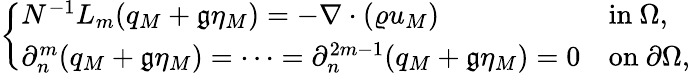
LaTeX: \left\{ \begin{array}{ll}{N^{-1}L_{m}(q_{M}+\mathfrak{g}\eta_{M})=-\nabla\cdot(\varrho u_{M})}&{\mathrm{in~}\Omega,}\\ {\partial_{n}^{m}(q_{M}+\mathfrak{g}\eta_{M})=\cdots=\partial_{n}^{2m-1}(q_{M}+\mathfrak{g}\eta_{M})=0}&{\mathrm{on~}\partial\Omega,}\end{array}\right.